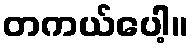
တကယ်ပေါ့။